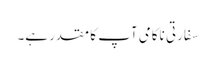
سفارتی ناکامی آپ کا مقدر ہے۔